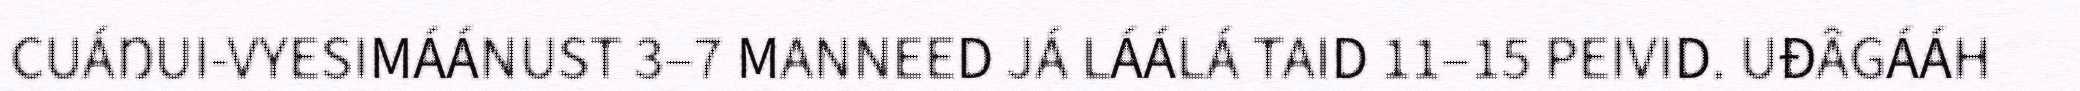
CUÁŊUI-VYESIMÁÁNUST 3–7 MANNEED JÁ LÁÁLÁ TAID 11–15 PEIVID. UĐÂGÁÁH